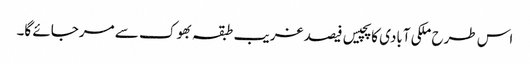
اس طرح ملکی آبادی کا پچیس فیصد غریب طبقہ بھوک سے مرجائے گا۔